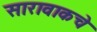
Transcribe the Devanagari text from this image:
सारावाकचे